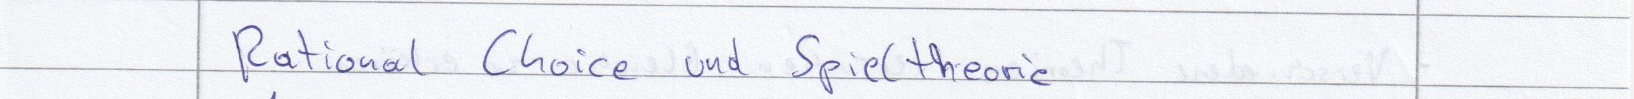
Rational Choice und Spieltheorie